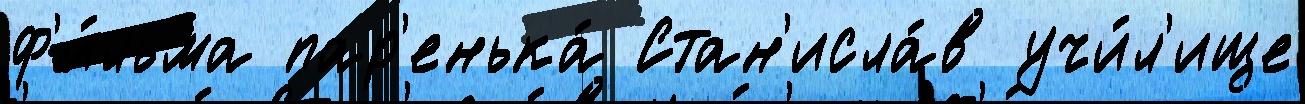
ф'и́льма пар'енька́ Стан'исла́в учи́л'ище